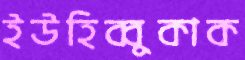
ইউহিব্বুকাক